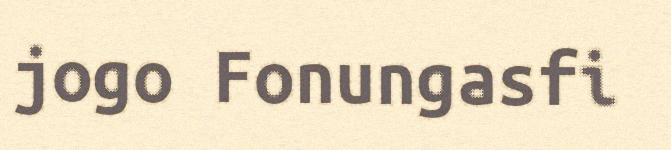
jogo Fonungasfi